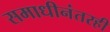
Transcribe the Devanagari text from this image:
समाधीनंतरही